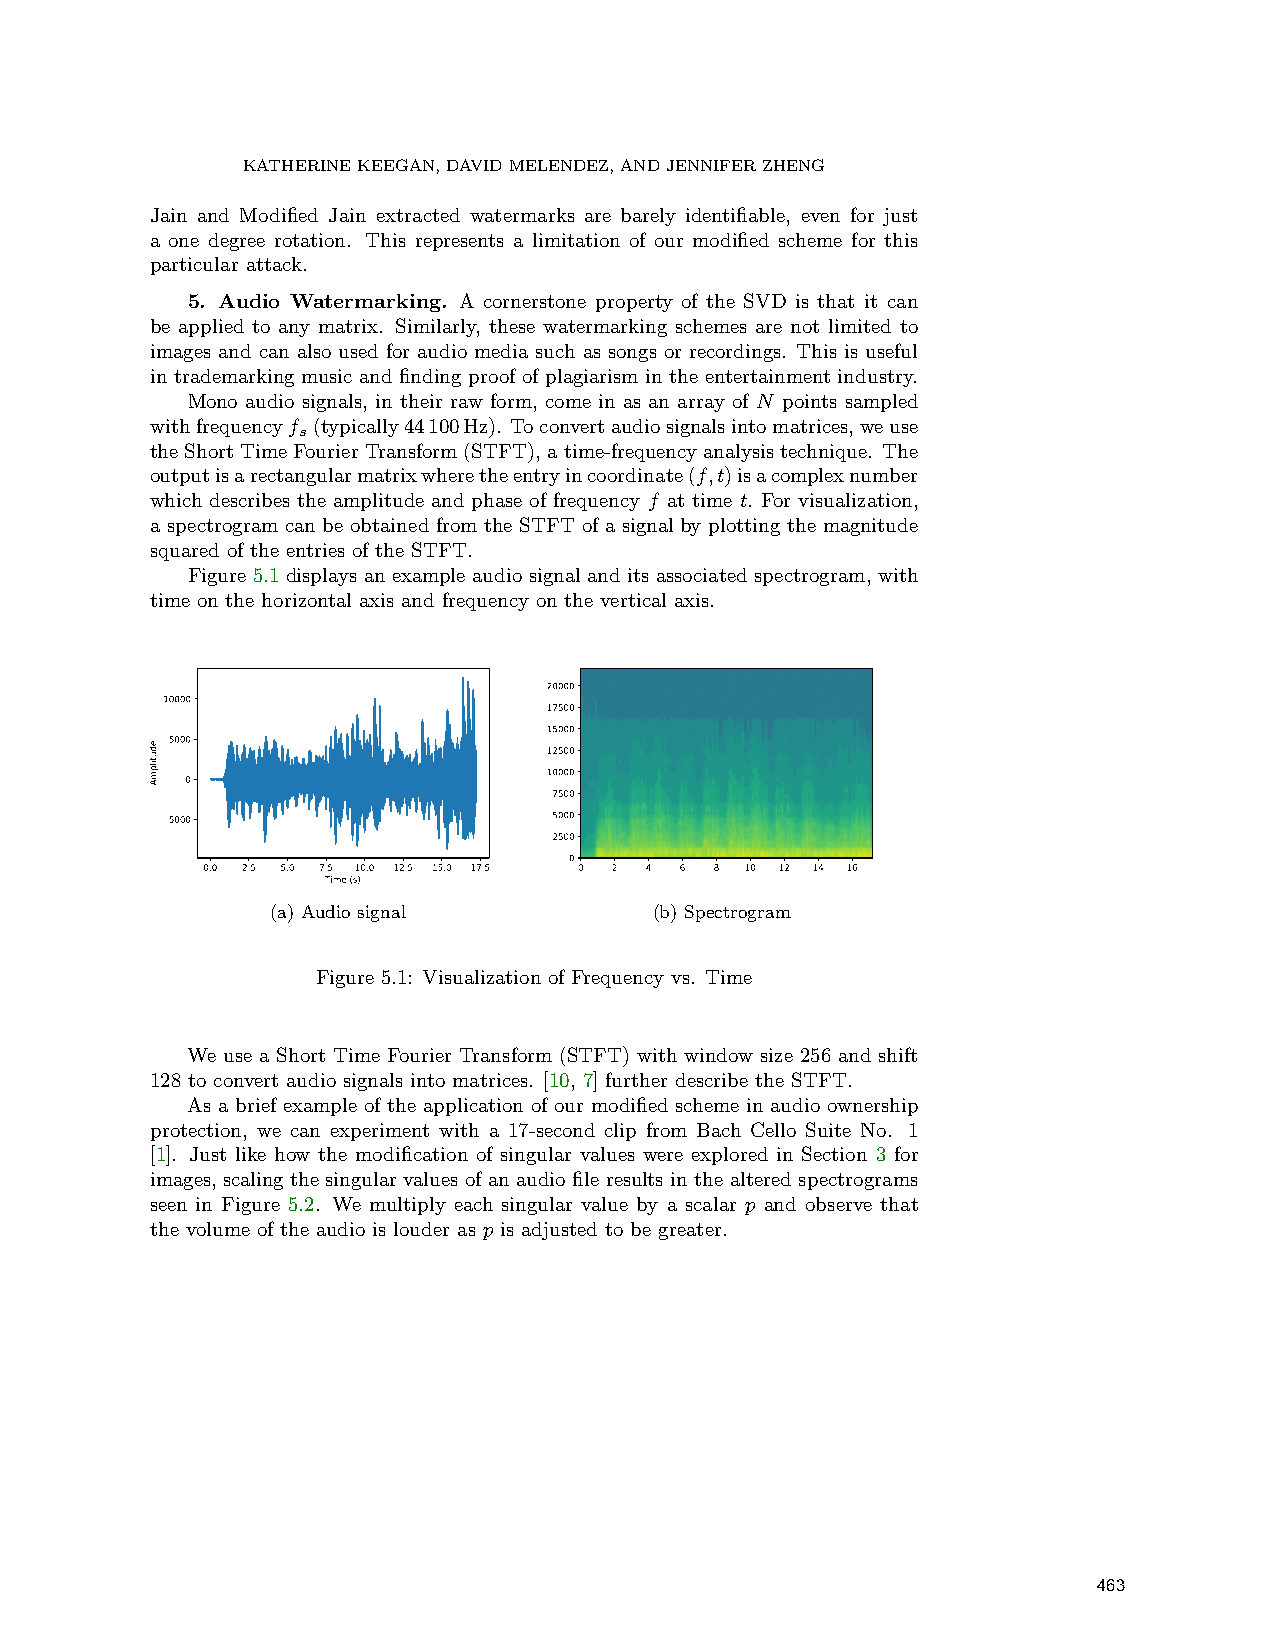
KATHERINEKEEGAN,DAVIDMELENDEZ,ANDJENNIFERZHENG
 Jain and Modified Jain extracted watermarks are barely identifiable, even for just
 a one degree rotation. This represents a limitation of our modified scheme for this
 particular attack.
 5. Audio Watermarking. A cornerstone property of the SVD is that it can
 be applied to any matrix. Similarly, these watermarking schemes are not limited to
 images and can also used for audio media such as songs or recordings. This is useful
 in trademarking music and finding proof of plagiarism in the entertainment industry.
 Mono audio signals, in their raw form, come in as an array of N points sampled
 withfrequencyf (typically44100Hz). Toconvertaudiosignalsintomatrices,weuse
 s
 theShortTimeFourierTransform(STFT),atime-frequencyanalysistechnique. The
 outputisarectangularmatrixwheretheentryincoordinate(f,t)isacomplexnumber
 which describes the amplitude and phase of frequency f at time t. For visualization,
 a spectrogram can be obtained from the STFT of a signal by plotting the magnitude
 squared of the entries of the STFT.
 Figure 5.1 displays an example audio signal and its associated spectrogram, with
 time on the horizontal axis and frequency on the vertical axis.
 20000
 10000
 17500
 15000
 5000
 12500
 10000
 0
 7500
 −5000                     5000
 2500
 0
 0.0 2.5 5.0 7.5 10.0 12.5 15.0 17.5 0 2 4 6 8 10 12 14 16
 Time (s)
 (a) Audio signal         (b) Spectrogram
 Figure 5.1: Visualization of Frequency vs. Time
 We use a Short Time Fourier Transform (STFT) with window size 256 and shift
 128 to convert audio signals into matrices. [10, 7] further describe the STFT.
 As a brief example of the application of our modified scheme in audio ownership
 protection, we can experiment with a 17-second clip from Bach Cello Suite No. 1
 [1]. Just like how the modification of singular values were explored in Section 3 for
 images, scaling the singular values of an audio file results in the altered spectrograms
 seen in Figure 5.2. We multiply each singular value by a scalar p and observe that
 the volume of the audio is louder as p is adjusted to be greater.
 463
 edutilpmA